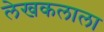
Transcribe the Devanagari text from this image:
लेखकलाला